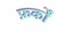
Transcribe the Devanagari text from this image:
फ़र्कों